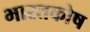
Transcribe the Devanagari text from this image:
भारतकोष